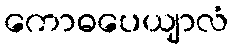
ကောဓပေယျာလံ